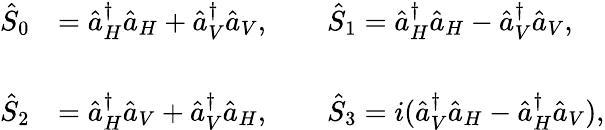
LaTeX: \begin{array}{rl}{\hat{S}_{0}}&{=\hat{a}_{H}^{\dagger}\hat{a}_{H}+\hat{a}_{V}^{\dagger}\hat{a}_{V},\qquad\hat{S}_{1}=\hat{a}_{H}^{\dagger}\hat{a}_{H}-\hat{a}_{V}^{\dagger}\hat{a}_{V},}\\ &{}\\ {\hat{S}_{2}}&{=\hat{a}_{H}^{\dagger}\hat{a}_{V}+\hat{a}_{V}^{\dagger}\hat{a}_{H},\qquad\hat{S}_{3}=i(\hat{a}_{V}^{\dagger}\hat{a}_{H}-\hat{a}_{H}^{\dagger}\hat{a}_{V}),}\end{array}